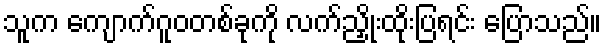
သူက ကျောက်ဂူဝတစ်ခုကို လက်ညှိုးထိုးပြရင်း ပြောသည်။